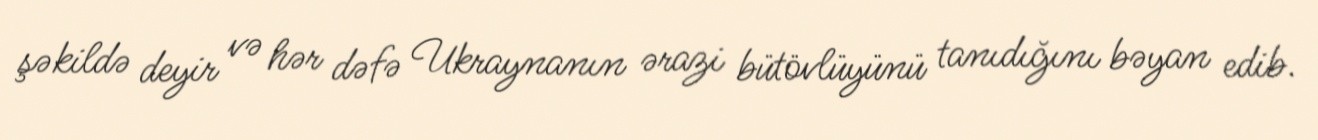
şəkildə deyir və hər dəfə Ukraynanın ərazi bütövlüyünü tanıdığını bəyan edib.